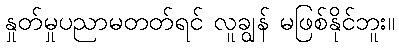
နှုတ်မှုပညာမတတ်ရင် လူချွန် မဖြစ်နိုင်ဘူး။